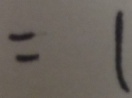
= 1